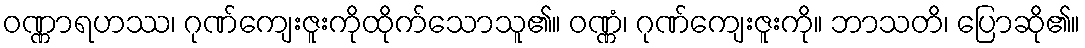
ဝဏ္ဏာရဟဿ၊ ဂုဏ်ကျေးဇူးကိုထိုက်သောသူ၏။ ဝဏ္ဏံ၊ ဂုဏ်ကျေးဇူးကို။ ဘာသတိ၊ ပြောဆို၏။